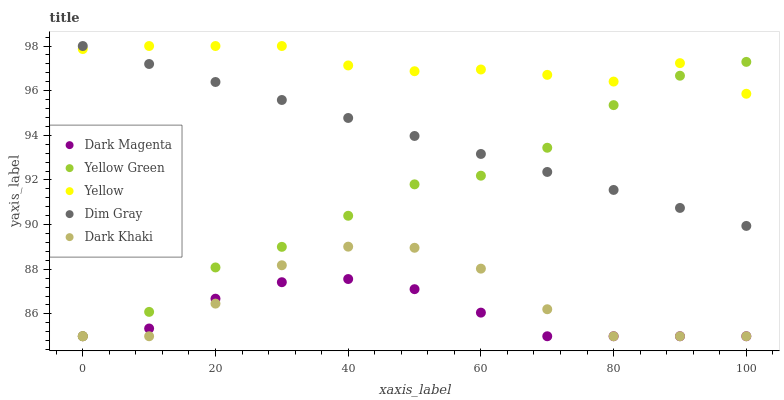
| xaxis_label | Dark Magenta | Yellow Green | Yellow | Dim Gray | Dark Khaki |
 | --- | --- | --- | --- | --- | --- |
 | 0 | 85 | 85 | 97.9 | 98 | 85 |
 | 10 | 85.3 | 86.1 | 98 | 97.2 | 85 |
 | 20 | 86.7 | 88.1 | 98 | 96.4 | 86.5 |
 | 30 | 87.4 | 89 | 98 | 95.6 | 88.2 |
 | 40 | 87.6 | 90.4 | 97.1 | 94.8 | 89 |
 | 50 | 87.1 | 91.8 | 96.9 | 94 | 89 |
 | 60 | 86.1 | 92.2 | 96.9 | 93.2 | 88 |
 | 70 | 85 | 93.4 | 96.7 | 92.4 | 86.2 |
 | 80 | 85 | 95.4 | 96.4 | 91.6 | 85 |
 | 90 | 85 | 96.7 | 97.2 | 90.7 | 85 |
 | 100 | 85 | 97.3 | 95.9 | 89.9 | 85 |